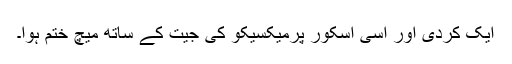
ایک کردی اور اسی اسکور پرمیکسیکو کی جیت کے ساتھ میچ ختم ہوا۔